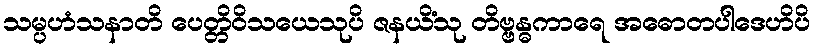
သမ္ပဟံသနာတိ ပေတ္တိဝိသယေသုပိ ဇနယိံသု တိဗ္ဗန္ဓကာရေ အဓောတပါဒေဟိပိ